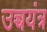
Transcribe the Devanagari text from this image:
उच्चयंत्र